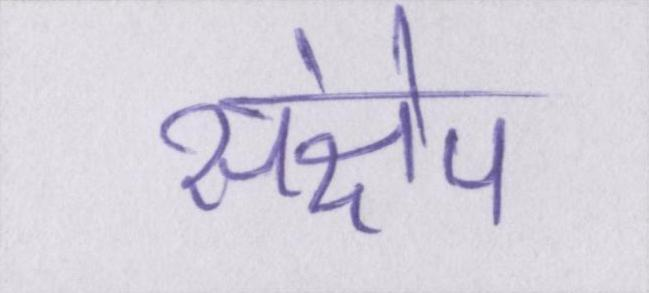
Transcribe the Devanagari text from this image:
संक्षेप